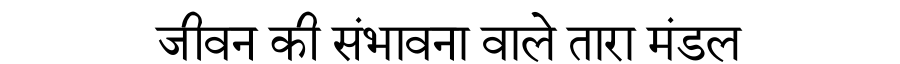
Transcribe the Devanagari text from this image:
जीवन की संभावना वाले तारा मंडल